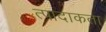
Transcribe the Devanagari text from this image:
त्पादाकता